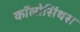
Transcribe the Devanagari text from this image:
कॉलोसिंथस